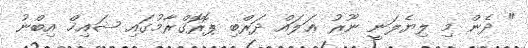
" ދެން މި ލިޔެލަނީ ނޫރު ޢަލައް ދަރްބި ޕޮރޮގްރާމުގައި ޝައިޚް އިބްނު